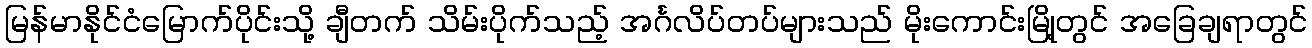
မြန်မာနိုင်ငံမြောက်ပိုင်းသို့ ချီတက် သိမ်းပိုက်သည့် အင်္ဂလိပ်တပ်များသည် မိုးကောင်းမြို့တွင် အခြေချရာတွင်